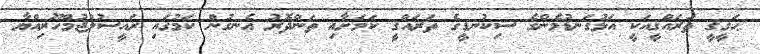
ޙަޤީޤީ ތަރައްޤީއަކީ އަޅުގަނޑުމެންގެ ސިކުނޑީގެ ތަރައްޤީ ކަމަށާއި ތަންދޮރު އެނގުން ކަމުގައި ރައީސުލްޖުމްހޫރިއްޔާ